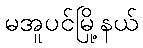
မအူပင်မြို့နယ်